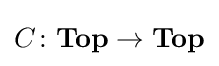
C\colon \mathbf {Top} \to \mathbf {Top}